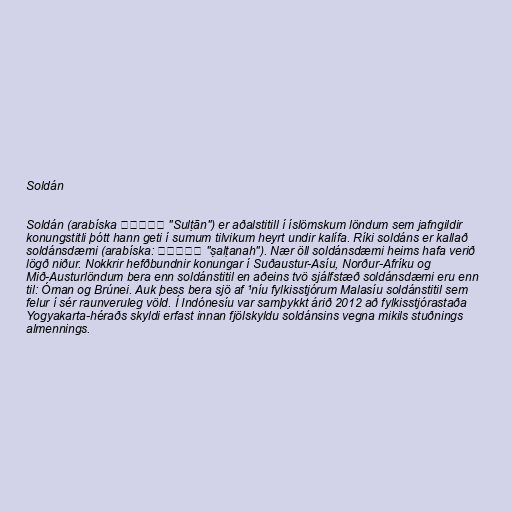
Soldán

Soldán (arabíska سلطان‎ "Sulṭān") er aðalstitill í íslömskum löndum sem jafngildir
konungstitli þótt hann geti í sumum tilvikum heyrt undir kalífa. Ríki soldáns er kallað
soldánsdæmi (arabíska: سلطنة‎ "ṣalṭanah"). Nær öll soldánsdæmi heims hafa verið
lögð niður. Nokkrir hefðbundnir konungar í Suðaustur-Asíu, Norður-Afríku og
Mið-Austurlöndum bera enn soldánstitil en aðeins tvö sjálfstæð soldánsdæmi eru enn
til: Óman og Brúnei. Auk þess bera sjö af ¹níu fylkisstjórum Malasíu soldánstitil sem
felur í sér raunveruleg völd. Í Indónesíu var samþykkt árið 2012 að fylkisstjórastaða
Yogyakarta-héraðs skyldi erfast innan fjölskyldu soldánsins vegna mikils stuðnings
almennings.